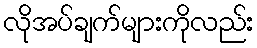
လိုအပ်ချက်များကိုလည်း